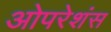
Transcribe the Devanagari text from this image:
ओपरेशंस